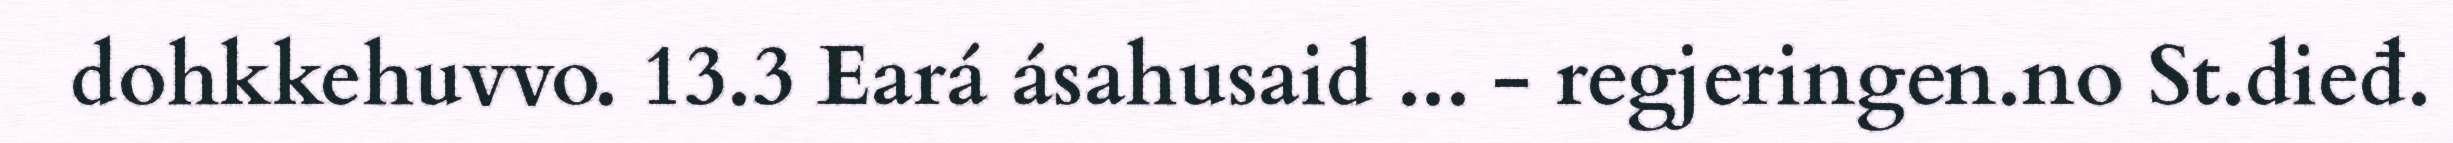
dohkkehuvvo. 13.3 Eará ásahusaid ... - regjeringen.no St.dieđ.